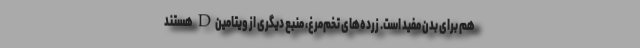
هم برای بدن مفید است. زرده‌های تخم‌مرغ، منبع دیگری از ویتامینD هستند